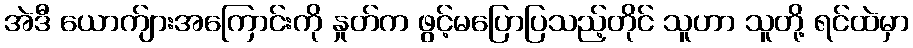
အဲဒီ ယောက်ျားအကြောင်းကို နှုတ်က ဖွင့်မပြောပြသည့်တိုင် သူဟာ သူတို့ ရင်ထဲမှာ